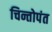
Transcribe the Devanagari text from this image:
चिन्तोपंत